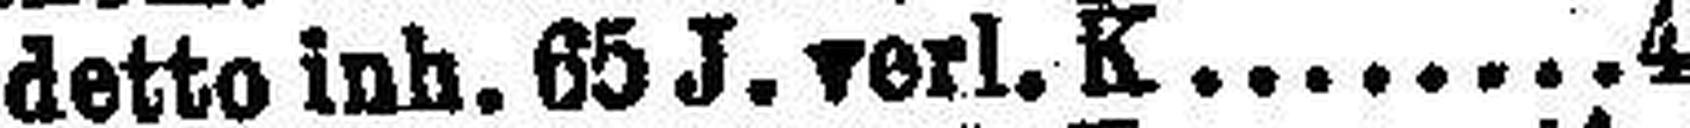
detto inh. 65 J. verl. K. 4